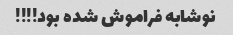
نوشابه فراموش شده بود!!!!